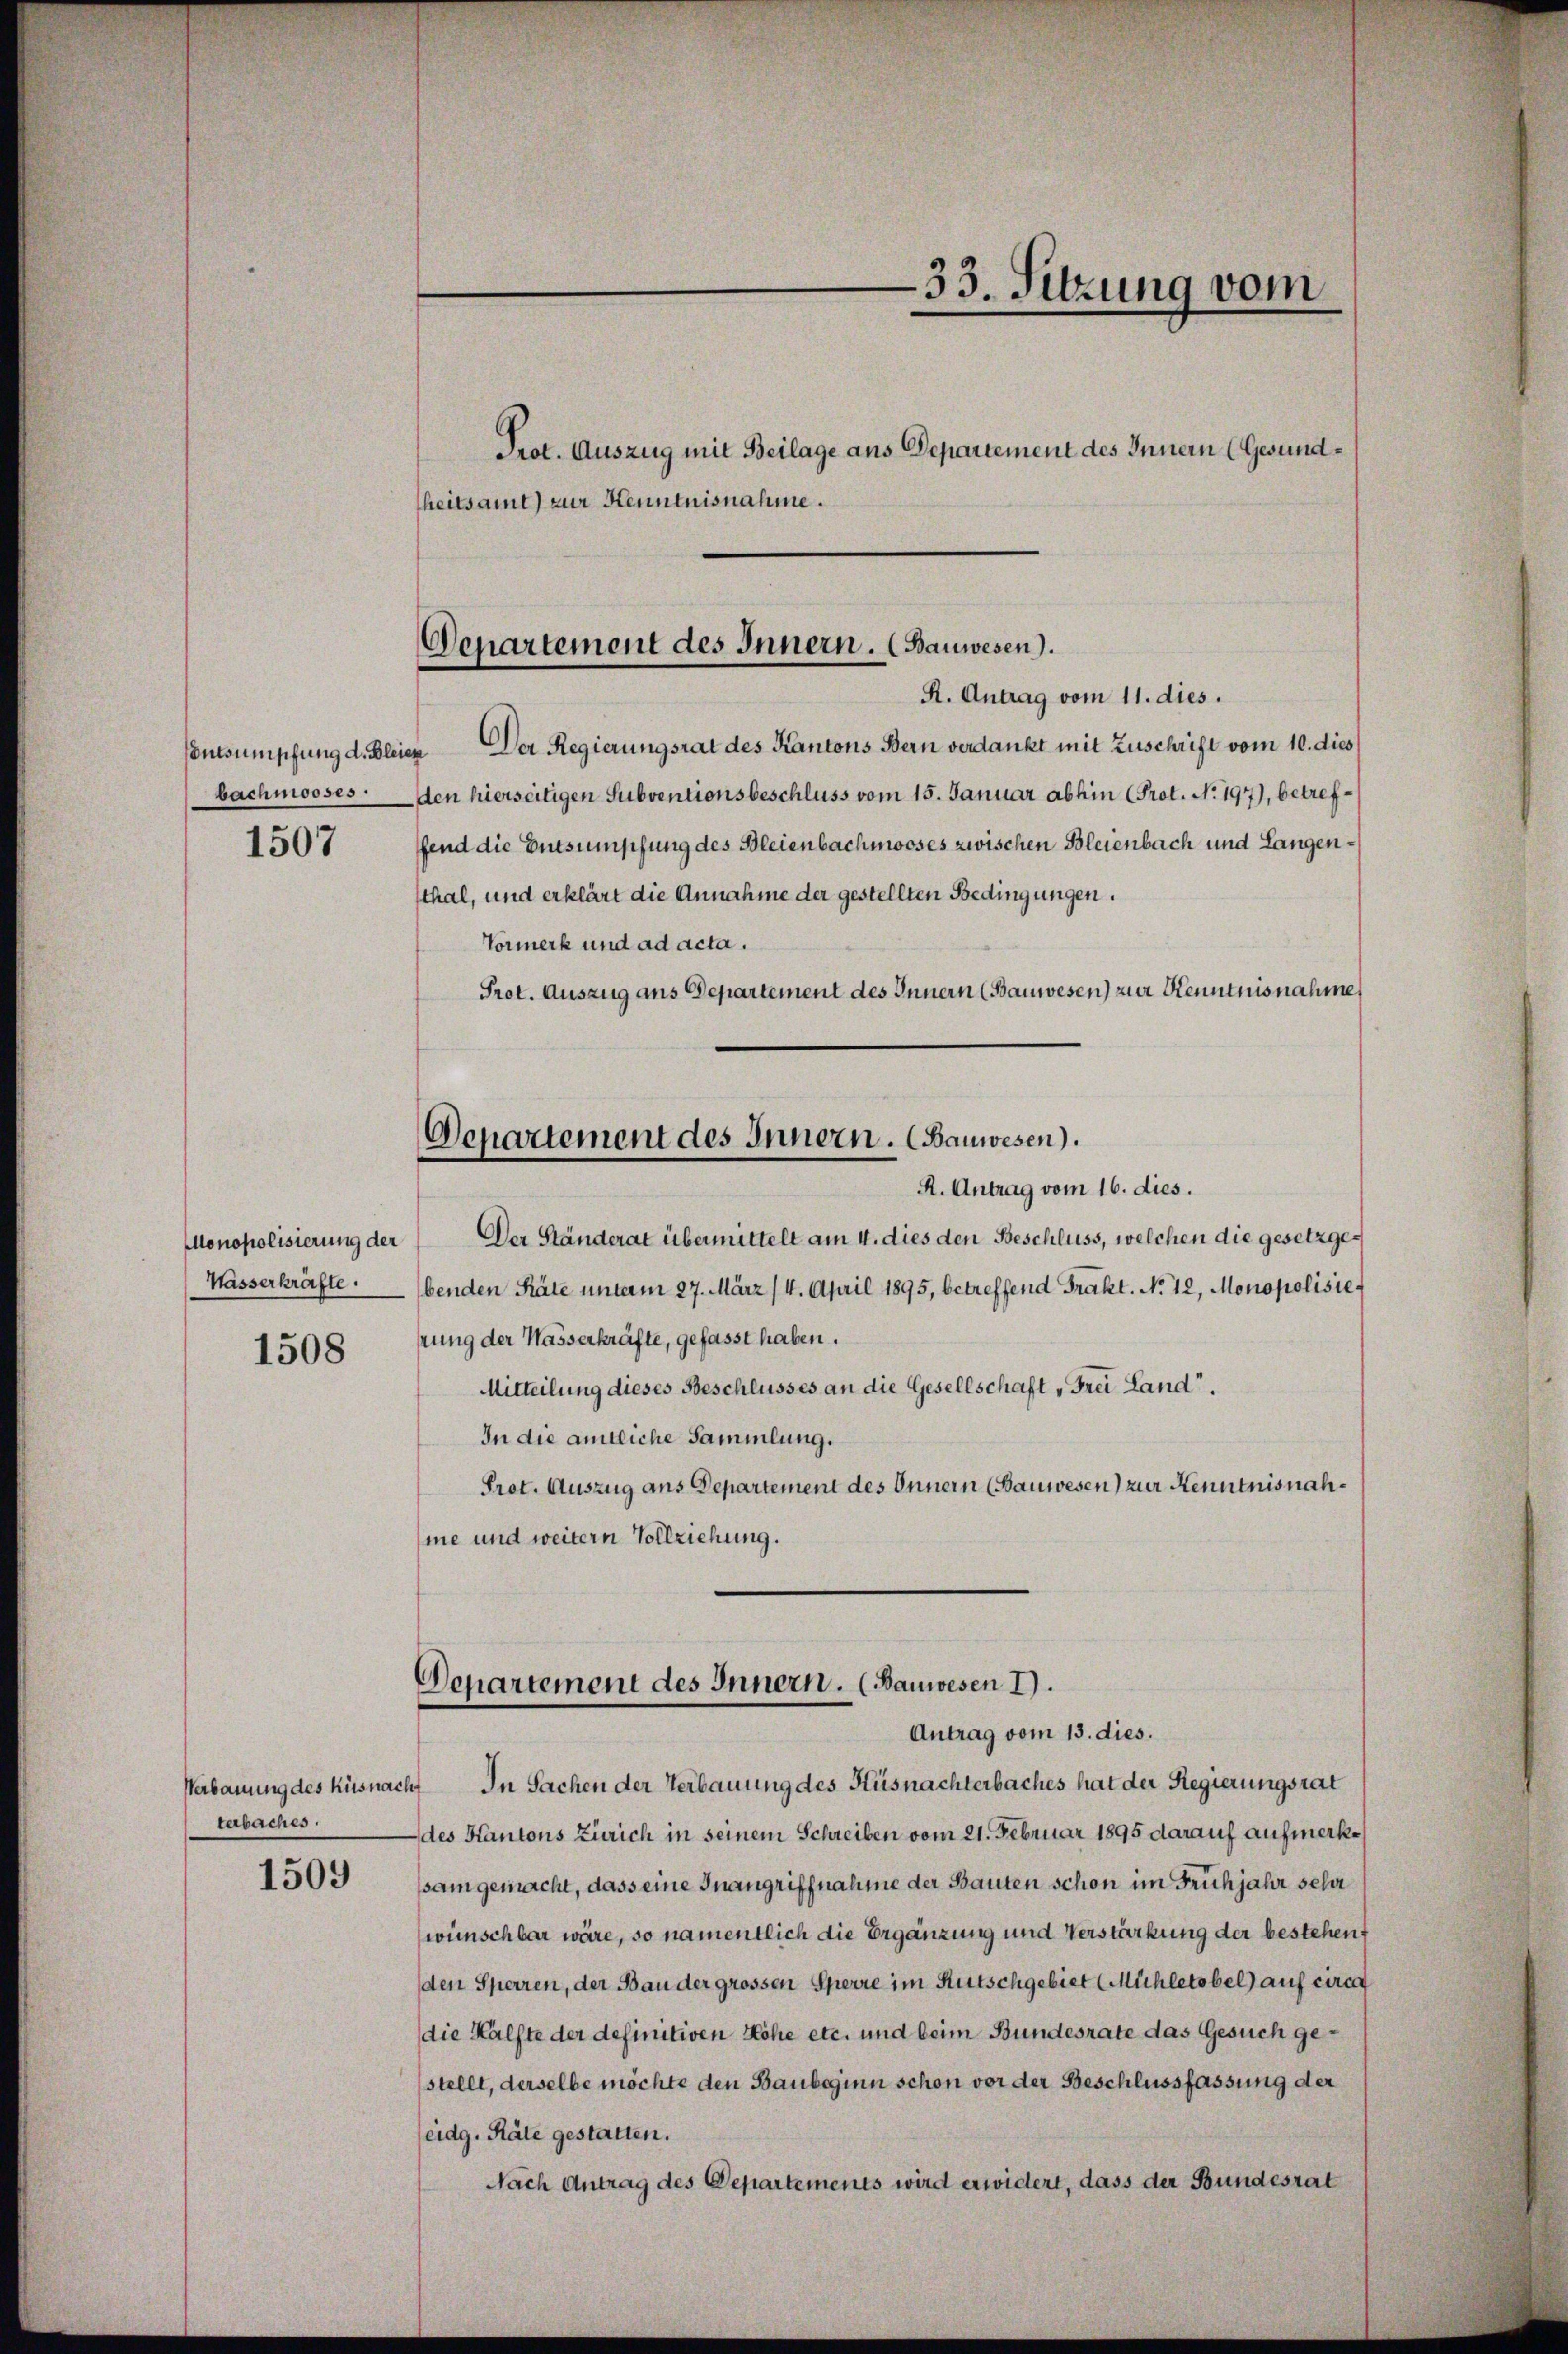
bachmooses

1507

Monopolisierung der
Wasserkräfte.

1508

Verbauung des Küsnacht
terbaches.

1509

Prot. Auszug mit Beilage aus Departement des Innern (Gesundheitsamt zur Kenntnisnahme.

R. Antrag vom 11. dies
ntsumpfung d. Bleier Der Regierungsrat des Kantons Bern verdankt mit Zuschrift vom 10. dies
-den hierseitigen Subventionsbeschluss vom 15. Januar abhin (Prot. No. 197), betreffend die Entsumpfung des Bleienbachmooses zwischen Bleienbach und Langenthal, und erklärt die Annahme der gestellten Bedingungen.
Vormerk und ad acta.
Prot. Auszug aus Departement des Innern (Bauwesen) zur Kenntnisnahme
Departement des Innern. (Bauwesen).
R. Antrag vom 16. dies.
Der Ständerat übermittelt am 4. dies den Beschluss, welchen die gesetzgebenden Räte unterm 27. März (4. April 1895, betreffend Trakt. No. 12, Monopolisiehrung der Wasserkräfte, gefasst haben.
Mitteilung dieses Beschlusses an die Gesellschaft „Frei Land“.
In die amtliche Sammlung.
Prot. Auszug aus Departement des Innern (Bauwesen) zur Kenntnisnahme und weitern Vollziehung.

33. Sitzung vom

Departement des Innern. (Bauwesen).

Denartement des Innern. (Bauwesen I).
Antrag vom 13. dies.

In Sachen der Verbauung des Küsnachterbaches hat der Regierungsrat
des Kantons Zürich in seinem Schreiben vom 21. Februar 1895 darauf aufmerksam gemacht, dass eine Inangriffnahme der Bauten schon im Frühjahr sehr
wünschbar wäre, so namentlich die Ergänzung und Verstärkung der bestehen
den Sperren, der Bau der grossen Sperre im Rutschgebiet (Mühletobel) auf circa
die Hälfte der definitiven Höhe etc. und beim Bundesrate das Gesuch gestellt, derselbe möchte den Baubeginn schon vor der Beschlussfassung der
(eidg. Räte gestatten.
Nach Antrag des Departements wird erwidert, dass der Bundesrat